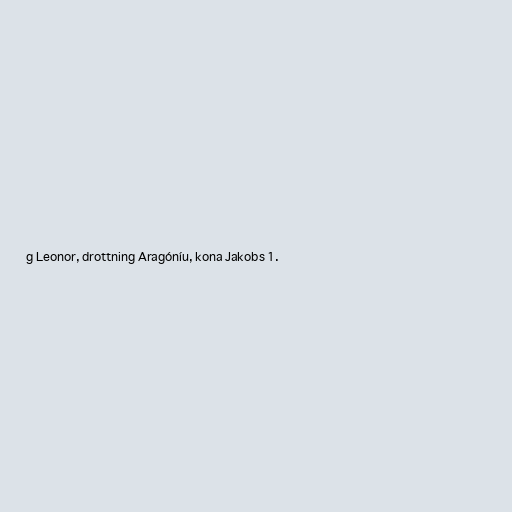
g Leonor, drottning Aragóníu, kona Jakobs 1.